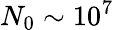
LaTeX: N_{0}\sim 10^{7}